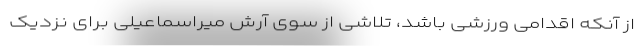
از آنکه اقدامی ورزشی باشد، تلاشی از سوی آرش میراسماعیلی برای نزدیک